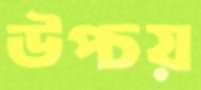
উপ্‌চয়